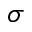
\sigma